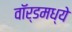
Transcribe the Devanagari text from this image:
वॉर्डमध्ये